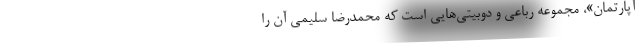
آپارتمان»، مجموعه رباعی‌ و دوبیتی‌هایی است که محمدرضا سلیمی آن را